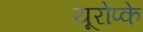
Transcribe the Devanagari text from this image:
यूरोप्के